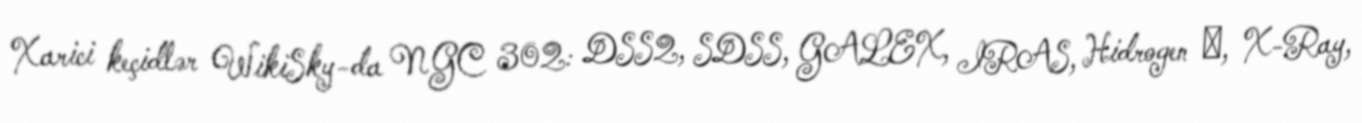
Xarici keçidlər WikiSky-da NGC 302: DSS2, SDSS, GALEX, IRAS, Hidrogen α, X-Ray,